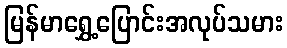
မြန်မာရွှေ့ပြောင်းအလုပ်သမား